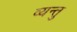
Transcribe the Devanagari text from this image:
व्यन्तु